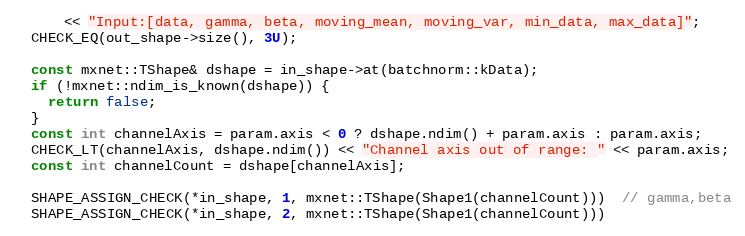
Language: C++
      << "Input:[data, gamma, beta, moving_mean, moving_var, min_data, max_data]";
  CHECK_EQ(out_shape->size(), 3U);

  const mxnet::TShape& dshape = in_shape->at(batchnorm::kData);
  if (!mxnet::ndim_is_known(dshape)) {
    return false;
  }
  const int channelAxis = param.axis < 0 ? dshape.ndim() + param.axis : param.axis;
  CHECK_LT(channelAxis, dshape.ndim()) << "Channel axis out of range: " << param.axis;
  const int channelCount = dshape[channelAxis];

  SHAPE_ASSIGN_CHECK(*in_shape, 1, mxnet::TShape(Shape1(channelCount)))  // gamma,beta
  SHAPE_ASSIGN_CHECK(*in_shape, 2, mxnet::TShape(Shape1(channelCount)))